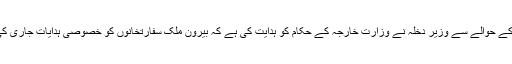
وزیر داخلہ کیا کہنا تھا کہ پیر س میں ہونیوالے دہشت گردانہ حملوں کے بعد کی صورتحال کے حوالے سے وزیر دخلہ نے وزارت خارجہ کے حکام کو ہدایت کی ہے کہ بیرون ملک سفارتخانوں کو خصوصی ہدایات جاری کی جائیں کہ وہ لوکل کمیونٹی سے مل کر بیرون ملک مقیم پاکستانیوں کی ہر ممکنہ مدد کریں۔